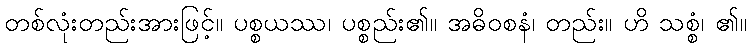
တစ်လုံးတည်းအားဖြင့်။ ပစ္စယဿ၊ ပစ္စည်း၏။ အဓိဝစနံ၊ တည်း။ ဟိ သစ္စံ၊ ၏။